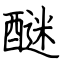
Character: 醚